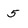
Character: 5